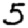
Digit: 5